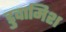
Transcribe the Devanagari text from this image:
डुवामिश